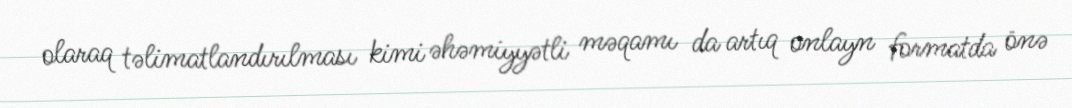
olaraq təlimatlandırılması kimi əhəmiyyətli məqamı da artıq onlayn formatda önə